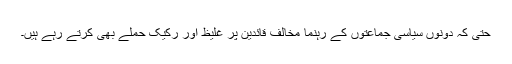
حتی کہ دونوں سیاسی جماعتوں کے رہنما مخالف قائدین پر غلیظ اور رکیک حملے بھی کرتے رہے ہیں۔